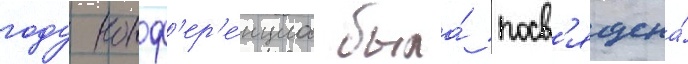
году конф'ер'е́нциа была́ посв'ящена́